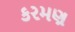
કરમણ